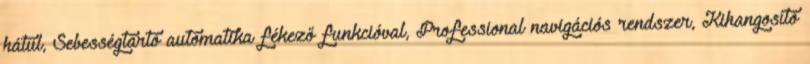
hátul, Sebességtartó automatika fékező funkcióval, Professional navigációs rendszer, Kihangosító